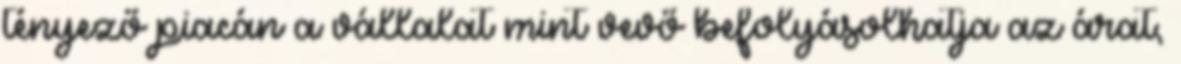
tényező piacán a vállalat mint vevő befolyásolhatja az árat,